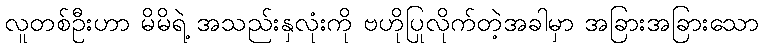
လူတစ်ဦးဟာ မိမိရဲ့ အသည်းနှလုံးကို ဗဟိုပြုလိုက်တဲ့အခါမှာ အခြားအခြားသော